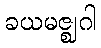
ခယမဇ္ဈဂါ